Medical and sanitary report of the native army of Bengal for the year
Year: 1877
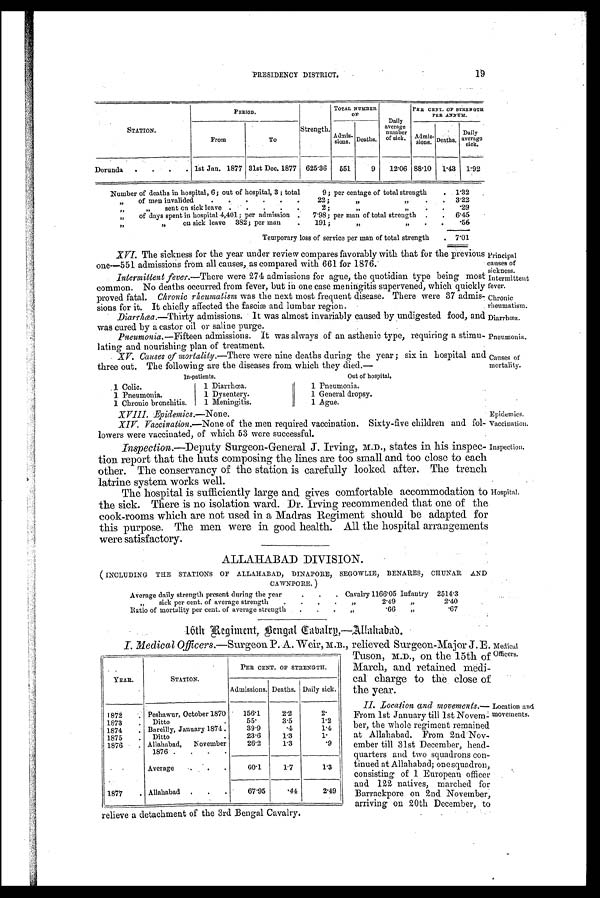
In-patients.
Out of hospital.
YEAR.
STATION.
PER CENT. OF STRENGTH.
Admissions. Deaths. Daily sick.
1872
Peshawur, October 1870
156.1
2.2
2.
1873
Ditto
55.
3.5
1.2
1874
Bareilly, January 1874.
39.9
.4
1.4
1875
Ditto
23.6
1.3
1 .
1876
Allahabad,
November
1876
26.2
1.3
.9
Average.
17
1.3
1877
Allahabad
67.95
.44
2.99
relieve a detachment of the 3rd Bengal Cavalry.
medical
Officers.
Location and
movements.
'rincipal
auses of
ickness.
intermittent
ever.
;
a.
Muses of
:mortality.
Epidemics.
Vaccination.
PRESIDENCY DISTRICT.
STATION.
PERIOD.
Strength.
TOTAL NUMBER
OF
Dai l y average number
of sick.
PER CENT. OF STRENGTH
PER ANNUM.
From
To
Admis-sions. Deaths.
Daily
Admis-sions Deaths.
Daily
average stick.
Dorunda
1st Jan. 1877 31st Dec. 1877 625.36
551
9
12.06 88.10
1.43
1.92
Number of deaths in hospital, 6; out of hospital, 3 ; total
9; per centage of total strength
1.32
of men invalided
22;
3.22
sent on sick leave
2 ;
.29
of days spent in hospital 4,401; per admission
7.98; per man of total strength
6.45
on sick leave 382; per man
191;
.56
Temporary loss of service per man of total strength
7.01
XVI. The sickness for the year under review compares favorably with that for the previous
one—551 admissions from all causes, as compared with 661 for 1876;
Intermittent fever.—There were 274 admissions for ague, the quotidian type being most
common. No deaths occurred from fever, but in one case meningitis supervened, which quickly
proved fatal. Chronic rheumatism was the next most frequent disease. There were 37 admis-
sions for it. It chiefly affected the fasciæ and lumbar region.
Diarrhœa.—Thirty admissions. It was almost invariably caused by undigested food, and
was cured.by a castor oil or saline purge.
Pneumonia.— Fifteen admissions. ft was always of an asthenie type, requiring a stimu-
lating and nourishing plan of treatment.
XV. Causes of mortality.—There were nine deaths during the year ; six in hospital and
three out. The following are the diseases from which they died.—
1 Colic.
1 Pneumonia.
1 Chronic bronchitis.
1 Diarrhoea.
1 Dysentery.
1 Meningitis.
1 Pneumonia.
1 General dropsy.
1 Ague.
X VIII. Epidemics.— None.
XIV. Vaccination.—None of the men required vaccination. Sixty-five children and fol-
lowers were vaccinated, of which 53 were successful.
Inspection.—Deputy Surgeon-General J. Irving, M.D., states in his inspec-
tion report that the huts composing the lines are too small and too close to each
other. The conservancy of the station is carefully looked after. The trench
latrine system works well.
• The hospital is sufficiently large and gives comfortable accommodation to
the sick. There is no isolation ward. Dr. Irving recommended that one of the
cook-rooms which are not used in a Madras Regiment should be adapted for
this purpose. The men were in good health. All the hospital arrangements
were satisfactory.
A L L A Z I A B A D D I V I S I O N .
( INCLUDING THE STATIONS OF ALLAZIABAD, DINAPORE, SEGOWLIE, BENARES, CHUNAR AND
CAWNPORE.)
Average daily strength present during the year
Cavalry 1166.05 Infantry 2514.3
„
sick per cent. of average strength
„
2.49
„
2.40
Ratio of mortality per cent. of average strength
„
.66
„
.67
16th Regiment, Bengal Tabalrn,-Allahabad.
I. Medical Officers.—Surgeon P. A. Weir, M.B., relieved Surgeon-Major J. E.
Tuson, M.D., on the 15th of
March, and retained
medi-cal charge to the Close of
the year.
II. L o c a t i o n a n d m o v e m e n t s . —
From 1st January till 1st Novem-
ber, the whole regiment remained
at Allahabad. From 2nd Nov-
ember till 31st December, head-
quarters and two squadrons con-
tinued at Allahabad; one squadron,
consisting of 1 European officer
and 122 natives, marched for
Barrackpore on 2nd November,
arriving on 20th December, to
Hospital.